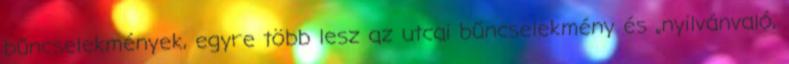
bűncselekmények, egyre több lesz az utcai bűncselekmény és „nyilvánvaló,